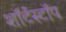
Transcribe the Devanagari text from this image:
शॉर्टस्टॉप